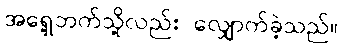
အရှေ့ဘက်သို့လည်း လျှောက်ခဲ့သည်။